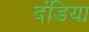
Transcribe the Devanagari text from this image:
दंडिया